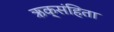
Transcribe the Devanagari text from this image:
ऋक्‌संहिता